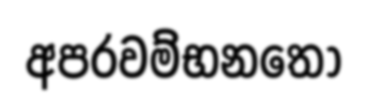
අපරවම්භනතෝ